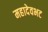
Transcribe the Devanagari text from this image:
महादेवभट